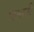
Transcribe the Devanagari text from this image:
गालानी